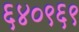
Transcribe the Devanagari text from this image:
६४०९६९